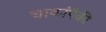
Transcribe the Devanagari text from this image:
चाकांपैकी